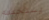
يستخدمه